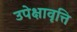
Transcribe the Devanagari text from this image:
उपेक्षावृत्ति